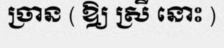
ច្រាន ( ឱ្យ ស្រី នោះ )